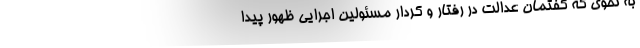
به نحوی که گفتمان عدالت در رفتار و کردار مسئولینِ اجرایی ظهور پیدا